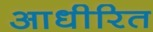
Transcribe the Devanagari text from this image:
आधीरित